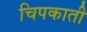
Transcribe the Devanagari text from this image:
चिपकाती